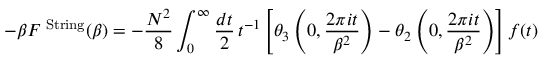
- \beta F ^ { \mathrm { { \tiny ~ S t r i n g } } } ( \beta ) = - \frac { N ^ { 2 } } { 8 } \int _ { 0 } ^ { \infty } \frac { d t } { 2 } \, t ^ { - 1 } \left[ \theta _ { 3 } \left( 0 , \frac { 2 \pi i t } { \beta ^ { 2 } } \right) - \theta _ { 2 } \left( 0 , \frac { 2 \pi i t } { \beta ^ { 2 } } \right) \right] f ( t )